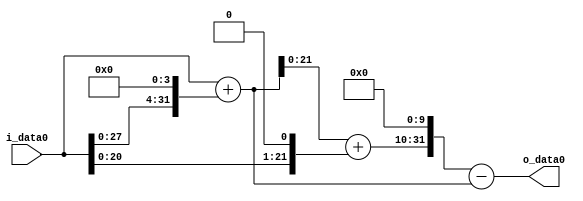
module multiplier_block_96 (
    i_data0,
    o_data0
);
  input   [31:0] i_data0;
  output  [31:0]
    o_data0;
  wire [31:0]
    w1,
    w16,
    w17,
    w2,
    w19,
    w19456,
    w19439;
  assign w1 = i_data0;
  assign w16 = w1 << 4;
  assign w17 = w1 + w16;
  assign w19 = w17 + w2;
  assign w19439 = w19456 - w17;
  assign w19456 = w19 << 10;
  assign w2 = w1 << 1;
  assign o_data0 = w19439;
endmodule